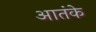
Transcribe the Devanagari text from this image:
आतंके